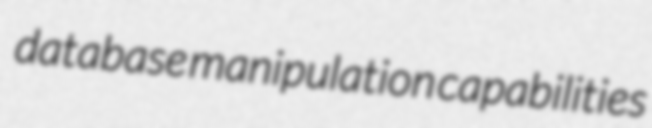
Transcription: database manipulation capabilities